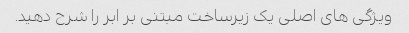
ویژگی های اصلی یک زیرساخت مبتنی بر ابر را شرح دهید.